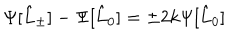
\Psi [ \hat { L } _ { \pm } ] - \Psi [ \hat { L } _ { 0 } ] = \pm 2 k \Psi [ \hat { L } _ { 0 } ]